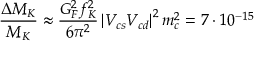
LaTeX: \frac { \Delta M _ { K } } { M _ { K } } \approx \frac { G _ { F } ^ { 2 } f _ { K } ^ { 2 } } { 6 \pi ^ { 2 } } \left| V _ { c s } V _ { c d } \right| ^ { 2 } m _ { c } ^ { 2 } = 7 \cdot 1 0 ^ { - 1 5 } \nonumber